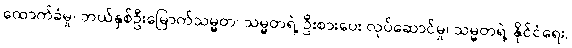
ထောက်ခံမှု၊ ဘယ်နှစ်ဦးမြောက်သမ္မတ၊ သမ္မတရဲ့ ဦးစားပေး လုပ်ဆောင်မှု၊ သမ္မတရဲ့ နိုင်ငံရေး,